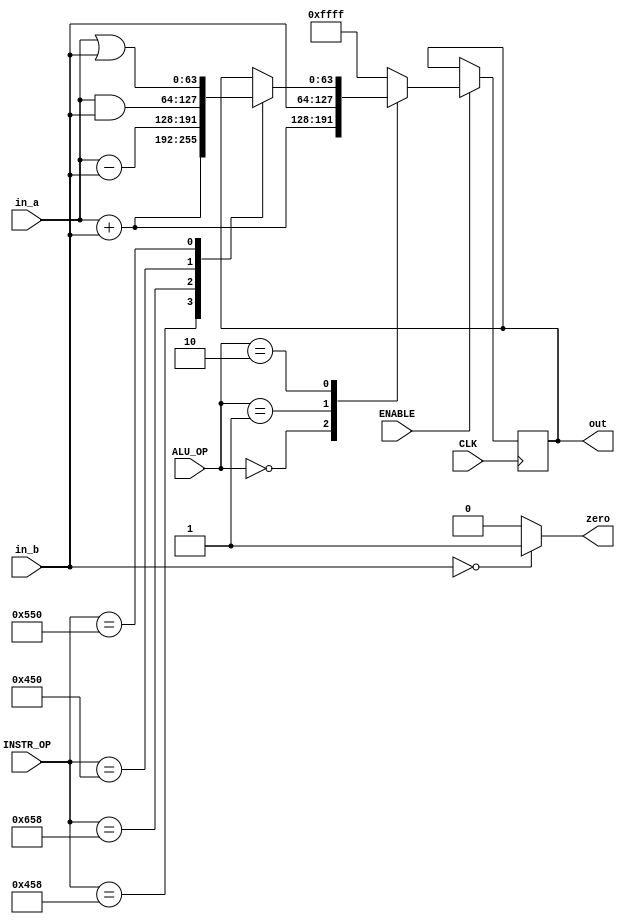
`timescale 1ns / 1ps
//////////////////////////////////////////////////////////////////////////////////
// Company: 
// Engineer: 
// 
// Design Name: 
// Module Name: ALU
// Project Name: 
// Target Devices: 
// Tool Versions: 
// Description: 
// 
// Dependencies: 
// 
// Revision:
// Revision 0.01 - File Created
// Additional Comments:
// 
//////////////////////////////////////////////////////////////////////////////////

module ALU(
    input CLK,              // System clock
    input ENABLE,           // module enable
    input [1:0] ALU_OP,     // ALU control Opcode
    input [63:0] in_a,      // Input A
    input [63:0] in_b,      // Input B
    input [10:0] INSTR_OP,  // Opcode from instruction
    output reg [63:0] out,  // 64 bit output
    output wire zero        // if in_a is zero
    );
    
    `define OPERATION_ADD               'b10001011000
    `define OPERATION_SUB               'b11001011000
    `define OPERATION_AND               'b10001010000
    `define OPERATION_ORR               'b10101010000
    
    always @ (posedge CLK) begin
       if (ENABLE) begin
       /*
            case (ALU_OP)
                'b0000: out <= in_a & in_b;
                'b0001: out <= in_a | in_b;
                'b0010: out <= in_a + in_b;
                'b0110: out <= in_a - in_b;
                'b0111: out <= in_b;
                'b1100: out <= !(in_a | in_b);
                default: out <= 'hFFFF; // easily find errors
            endcase
         */   
         
         /* Simplified combined ALU Control and ALU */
            case (ALU_OP)   
                'b00: out <= in_a + in_b;     // D instructions always get add
                'b01: out <= in_b;            // B instructions always pass in-b
                'b10: begin                  // R type have different operations
                    case (INSTR_OP)          // Test the instruction from the instruction opcode
                        `OPERATION_ADD: out <= in_a + in_b;
                        `OPERATION_SUB: out <= in_a - in_b;
                        `OPERATION_AND: out <= in_a & in_b;
                        `OPERATION_ORR: out <= in_a | in_b;
                    endcase
                end
                default: out <= 'hFFFF;  // detect error easily
            endcase
        end
    end
    
    // If the result is zero, set the wire to 1
    assign zero = (in_b == 'h00) ? 'b1 : 'b0;
endmodule